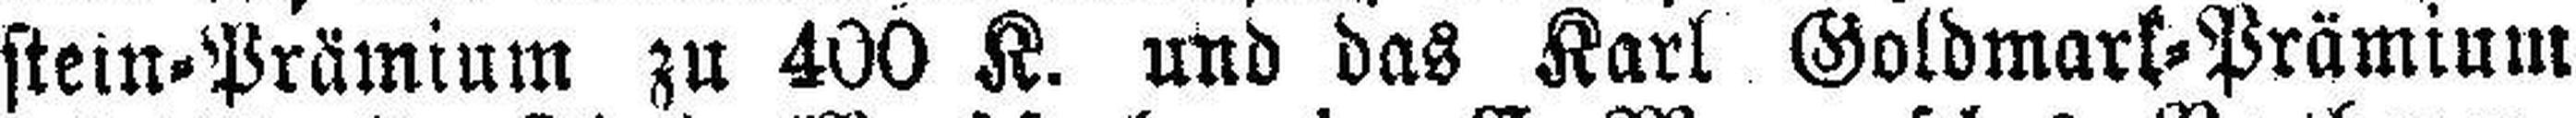
stein-Prämium zu 400 K. und das Karl Gotdmark=Prämium